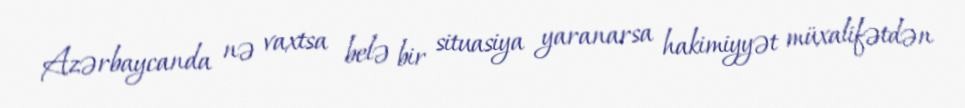
Azərbaycanda nə vaxtsa belə bir situasiya yaranarsa hakimiyyət müxalifətdən